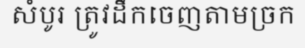
សំបូរ ត្រូវដឹកចេញតាមច្រក